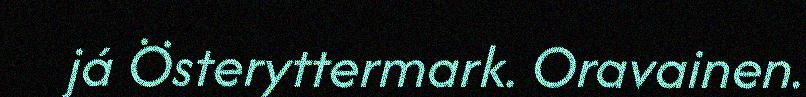
já Österyttermark. Oravainen.